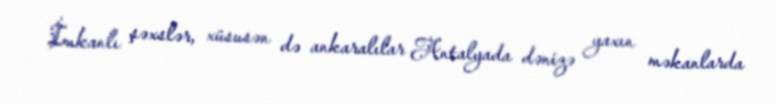
İmkanlı şəxslər, xüsusən də ankaralılar Antalyada dənizə yaxın məkanlarda